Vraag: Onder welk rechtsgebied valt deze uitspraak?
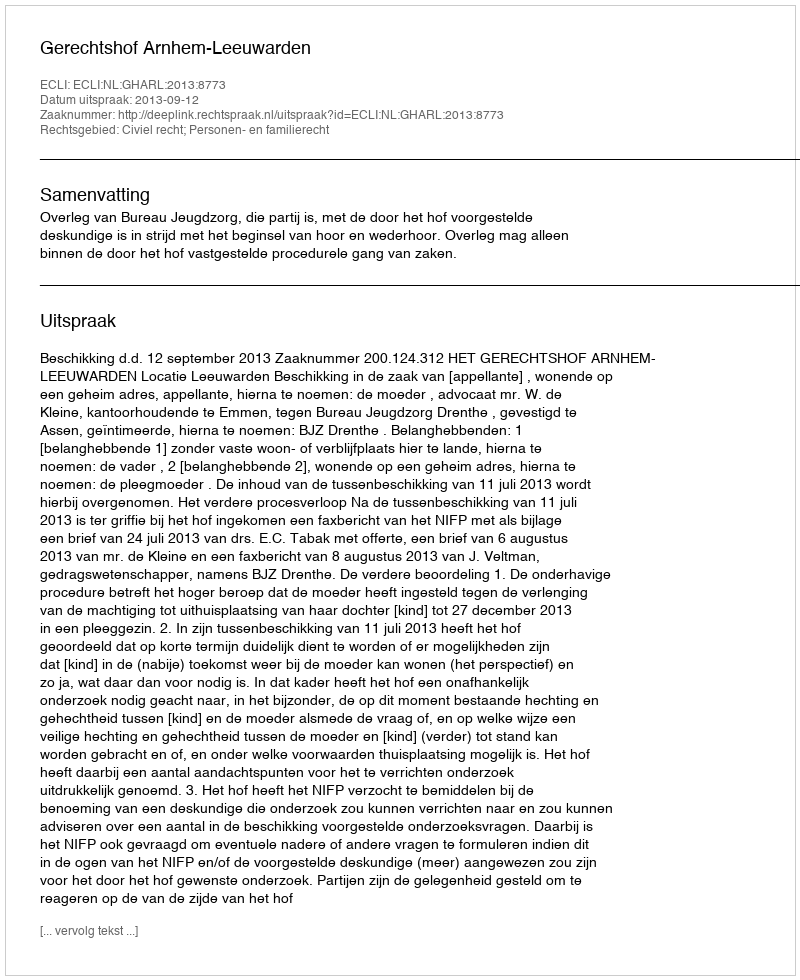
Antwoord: Civiel recht; Personen- en familierecht